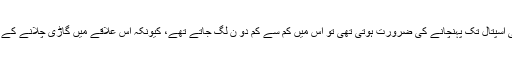
اگر کسی مریض کو کسی قریبی اسپتال تک پہنچانے کی ضرورت ہوتی تھی تو اس میں کم سے کم دو ن لگ جاتے تھے، کیونکہ اس علاقے میں گاڑی چلانے کے لیے کوئی بھی سڑک نہیں ہے۔